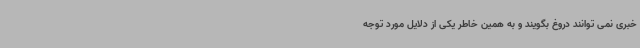
خبری نمی توانند دروغ بگویند و به همین خاطر یکی از دلایل مورد توجه